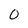
Character: 0